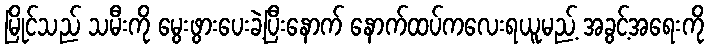
မြိုင်သည် သမီးကို မွေးဖွားပေးခဲ့ပြီးနောက် နောက်ထပ်ကလေးရယူမည့် အခွင့်အရေးကို